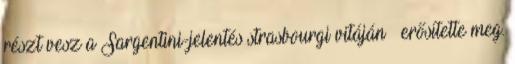
részt vesz a Sargentini-jelentés strasbourgi vitáján – erősítette meg.